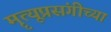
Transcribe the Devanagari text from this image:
मॄत्यूप्रसंगीच्या